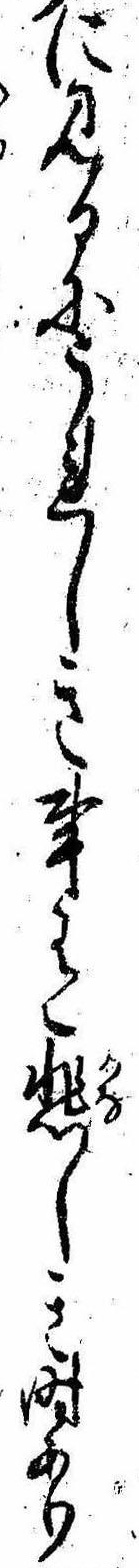
に見るにうれしき事有悲しき時あり